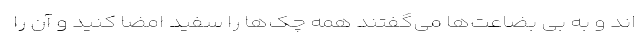
اند و به بی بضاعت‌ها می‌گفتند همه چک‌ها را سفید امضا کنید و آن را